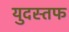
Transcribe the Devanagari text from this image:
युदस्तफ